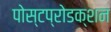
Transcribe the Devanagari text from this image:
पोस्टप्रोडक्शन